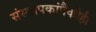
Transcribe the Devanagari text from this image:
संस्थापकांपैकीही